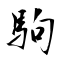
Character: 駒